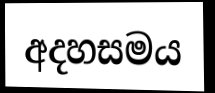
අදහසමය